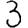
Digit: 3